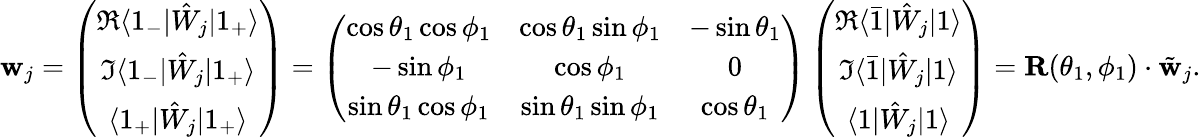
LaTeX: \mathbf{w}_{j}=\left(\begin{array}{c}{\Re\langle 1_{-}|\hat{W}_{j}|1_{+}\rangle}\\ {\Im\langle 1_{-}|\hat{W}_{j}|1_{+}\rangle}\\ {\langle 1_{+}|\hat{W}_{j}|1_{+}\rangle}\end{array}\right)=\left(\begin{array}{ccc}{\cos\theta_{1}\cos\phi_{1}}&{\cos\theta_{1}\sin\phi_{1}}&{-\sin\theta_{1}}\\ {-\sin\phi_{1}}&{\cos\phi_{1}}&{0}\\ {\sin\theta_{1}\cos\phi_{1}}&{\sin\theta_{1}\sin\phi_{1}}&{\cos\theta_{1}}\end{array}\right)\left(\begin{array}{c}{\Re\langle\bar{1}|\hat{W}_{j}|1\rangle}\\ {\Im\langle\bar{1}|\hat{W}_{j}|1\rangle}\\ {\langle 1|\hat{W}_{j}|1\rangle}\end{array}\right)=\mathbf{R}(\theta_{1},\phi_{1})\cdot\tilde{\mathbf{w}}_{j}.